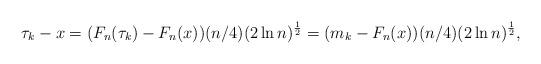
LaTeX: \begin{align*}\tau_k-x=(F_n(\tau_k)-F_n(x))(n/4)(2\ln n)^{\frac{1}{2}}=(m_k-F_n(x))(n/4)(2\ln n)^{\frac{1}{2}}, \end{align*}